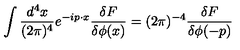
\int \frac { d ^ { 4 } x } { ( 2 \pi ) ^ { 4 } } e ^ { - i p \cdot x } \frac { \delta F } { \delta \phi ( x ) } = ( 2 \pi ) ^ { - 4 } \frac { \delta F } { \delta \phi ( - p ) }